Elephants and their diseases
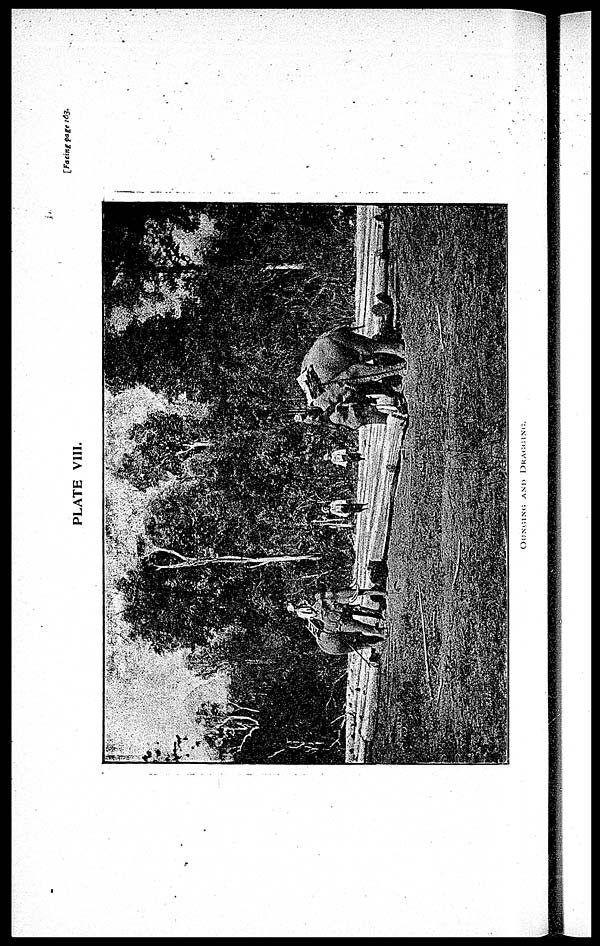
[Facing page 163.
PLATE VIII.
OUNGING AND DRAGGING.